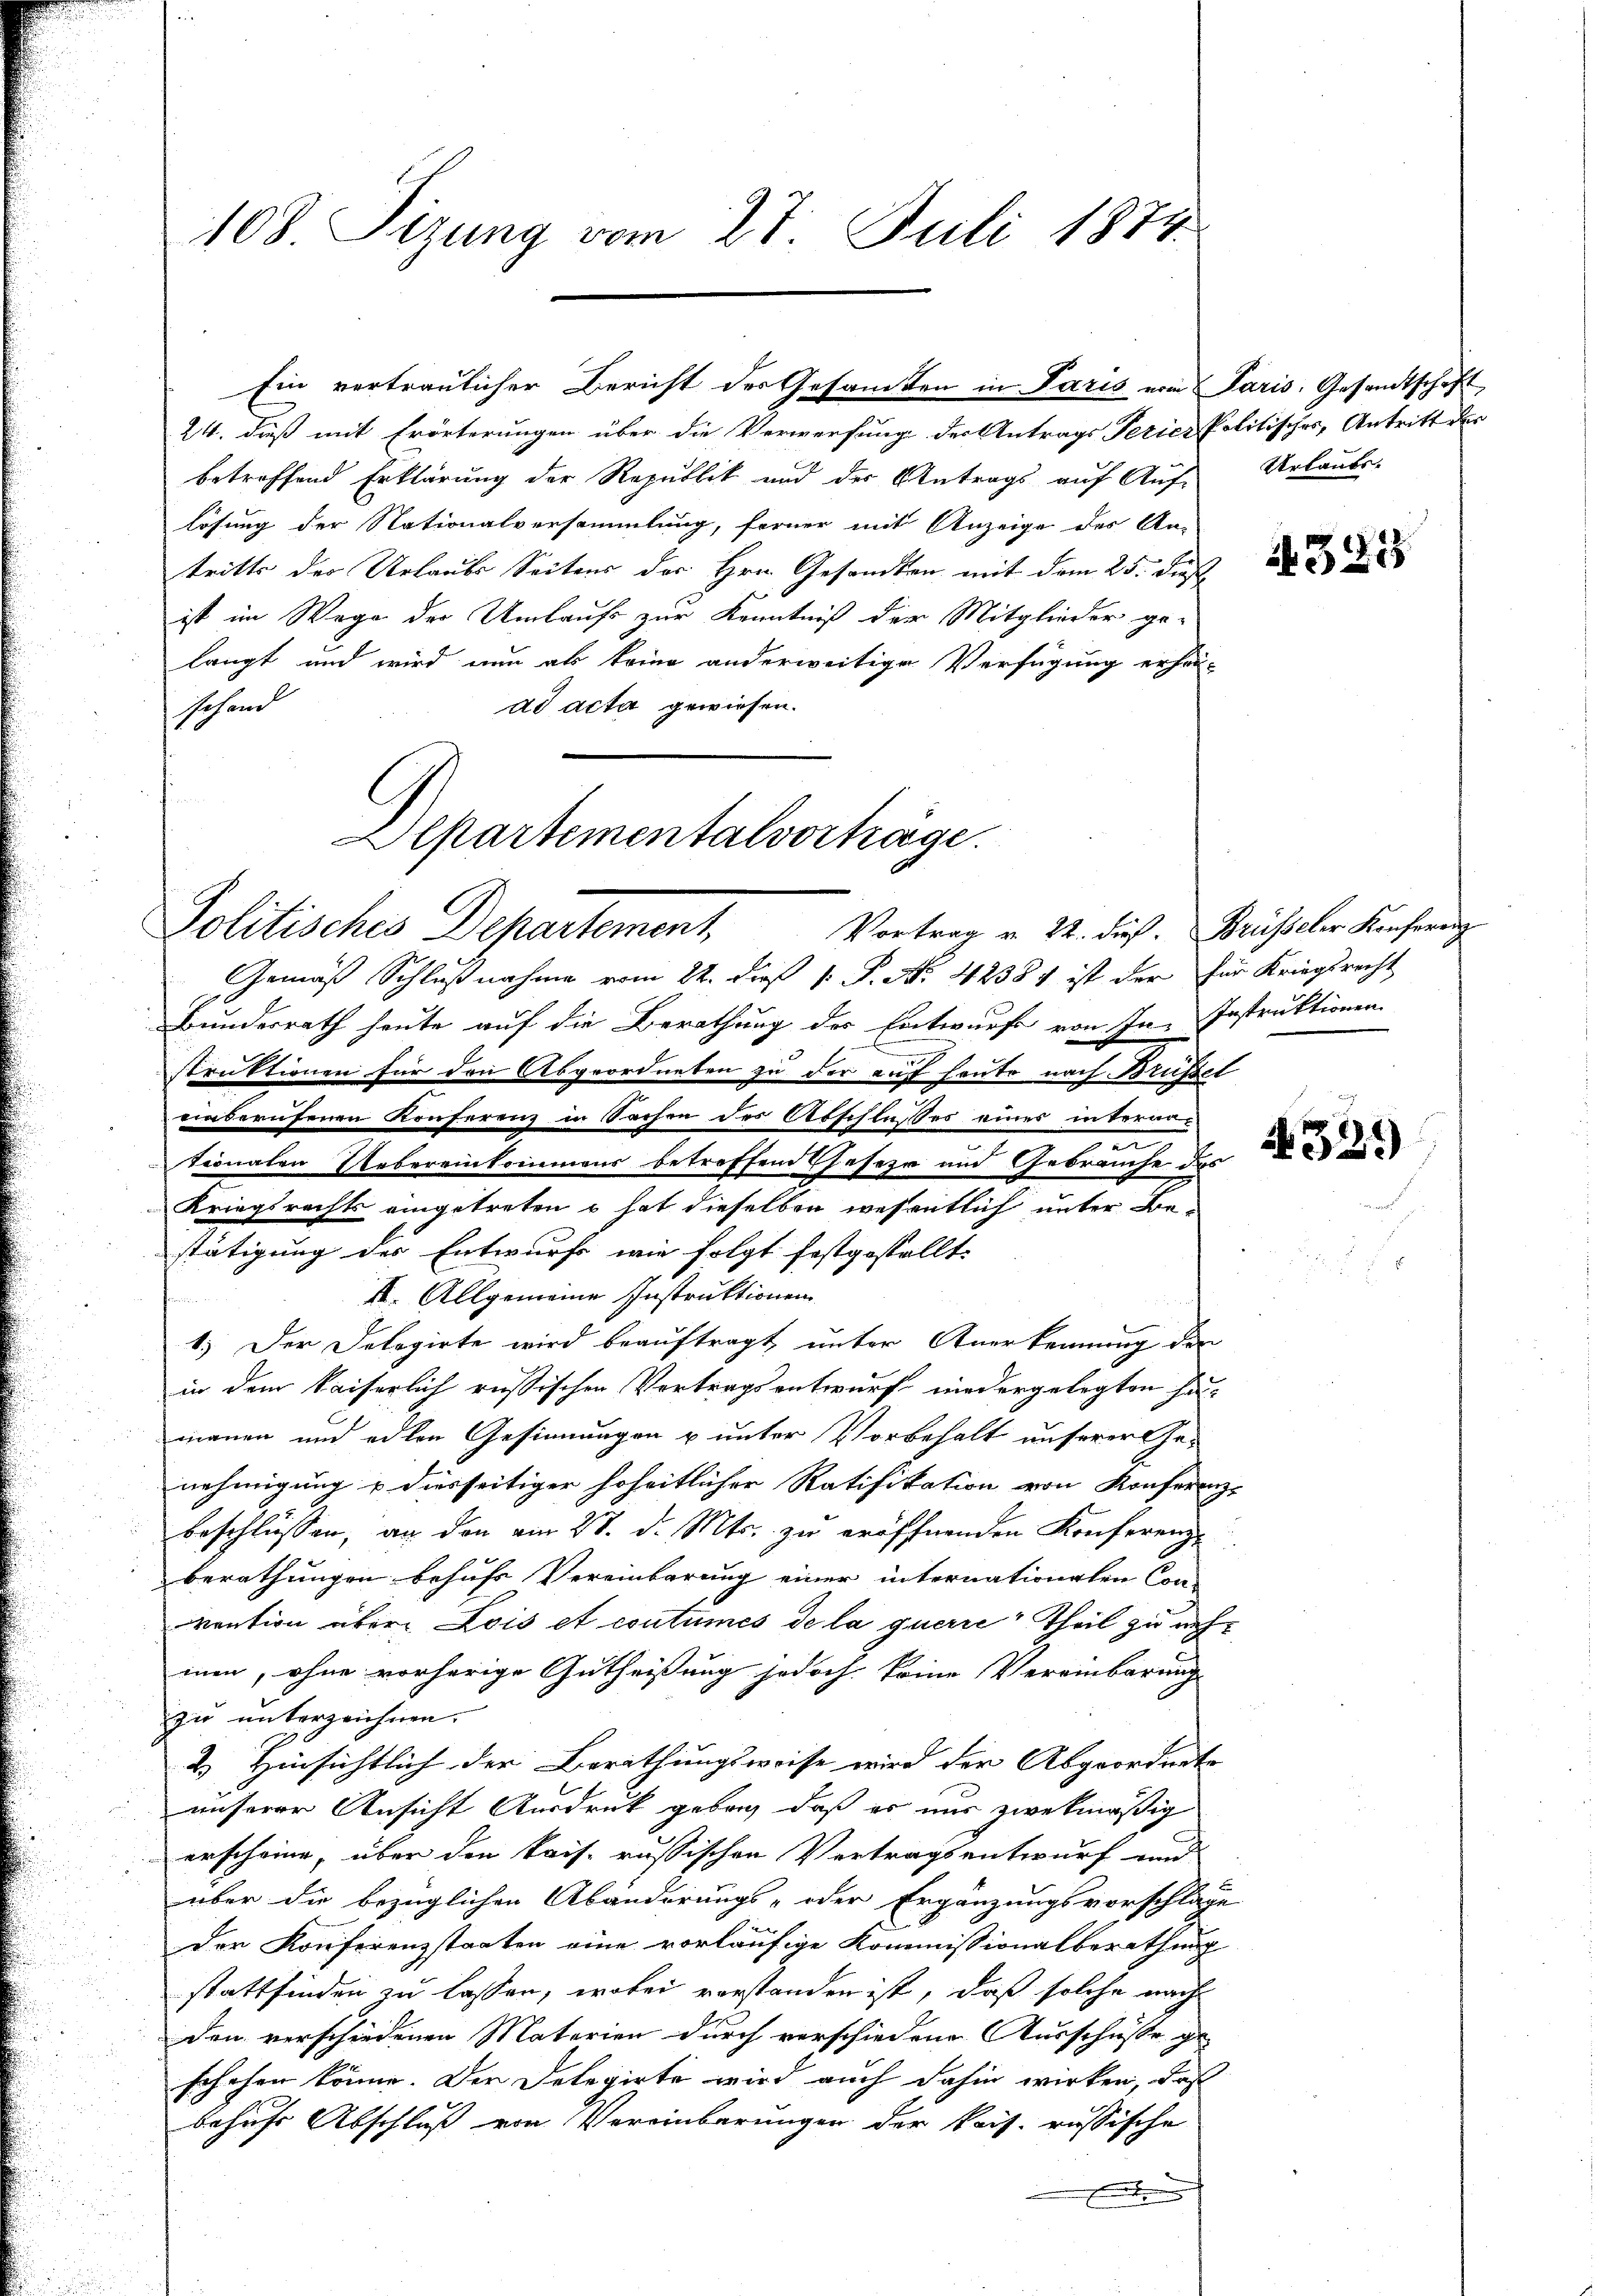
108. Sizung vom 27. Juli 1874.

betreffend Erklärung der Republik und der Antrags auf Auf- Urlaube.
lösung der Nationalversammlung, ferner mit Anzeige des An-
tritte der Urlaubs Seitens der Hrn. Gesandten mit dem 25. Fuß
ist im Wege der Umlaufs zur Kenntniß der Mitglieder ge-
langt und wird nun als keine anderweitige Verfügung erhä-
ad acta gewiesen.
schand
Gemäß Schlußnahme vom 24. dieß 1: P. No. 42384 ist der für Kriegsrecht
Bundesrath heute auf die Berathung der Entwurfe von In- Instruktionen
struktionen für den Abgeordneten zu der auf heute nach Brüssel
einberufenen Konferenz in Sachen des Abschlusser eines interner-
e
Vionalen Uebereinkommens betreffend Geseze und Gebrauche des
Kriegsrechts eingetreten – hat dieselben wesentlich unter Be-
stätigung der Entwurf wie folgt festgestellt.
II. Allgemeine Instruktionen
1.) Der Delegirte wird beauftragt, unter Anerkennung der
in dem kaiserlich russischen Vertragsentwurf niedergelegten Hau-
manen und edlen Gesinnungen u unter Vorbehalt unserer Ge-
nehmigung u diesseitiger hoheitlicher Ratifikation von Konferenz-
beschlüssen, an den am 28. d. Mts. zu eröffnenden Konferenz-
berathungen behufs Vereinbarung einer internationalen Con-
vention über Lois et coutumes de la querre Theil zu nehmen, ohne vorherige Gutheißung jedoch keine Vereinbarung |
zu unterzeichnen.
& Hinsichtlich der Berathungsweise wird der Abgeordnete
unserer Ansicht Ausdruck gebach, daß es nur zwekmäßig
erscheine, über den kais. russischen Vertragsentwurf und
über die bezüglichen Abänderungs- oder Ergänzungsvorschlage
a
Der Konferenzstaaten eine vorläufige Kommissionalberathung
stattfinden zu lassen, wobei verstanden ist, daß solche nach
den verschiedenen Materien durch verschiedene Ausschüsse ge-
schehen könne. Der Delegirte wird auch dahin wirken, daß
behufs Abschluß von Vereinbarungen der kais. russische
.

Alpartementalvorträge.
Politisches Departement, Vortrag v. 24. dieß. Beisteler Konferen

Ein vertraulicher Bericht der Gesamten in Paris vom Paris, Gesandtschaft
24. dieß mit Erörterungen über die Verwerfung der Antrags Teries Politisches, Antritt der

A 323

4321)